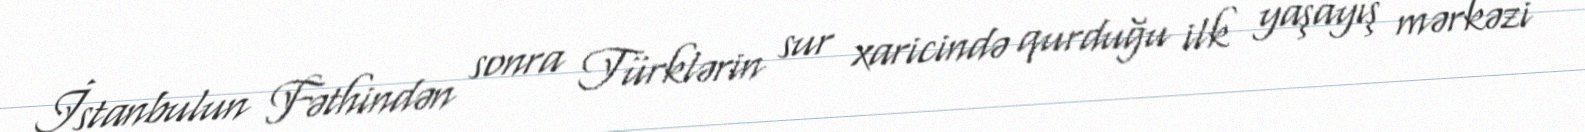
İstanbulun Fəthindən sonra Türklərin sur xaricində qurduğu ilk yaşayış mərkəzi